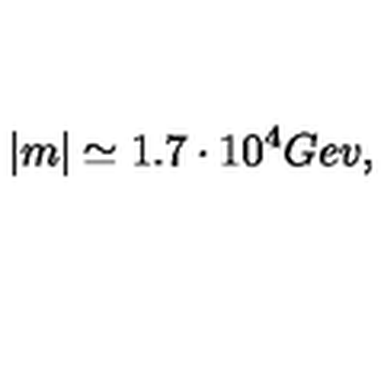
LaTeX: | m | \simeq 1 . 7 \cdot 1 0 ^ { 4 } G e v ,